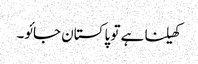
کھیلنا ہے تو پاکستان جائو۔